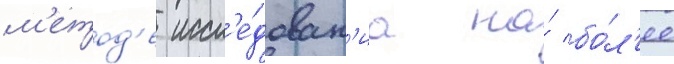
м'етод'е иссл'е́дован'иа на́ бо́л'ее